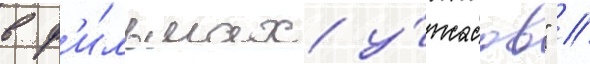
в ф'и́льмах у́жасов" //